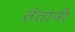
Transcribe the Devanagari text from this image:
तंतांनी